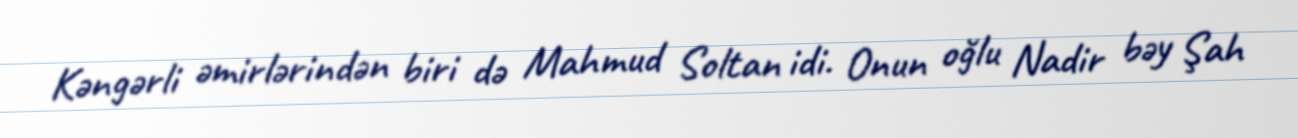
Kəngərli əmirlərindən biri də Mahmud Soltan idi. Onun oğlu Nadir bəy Şah